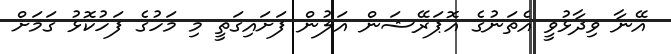
އޭނާ ވިދާޅުވީ އެތަނުގެ އޮޕަރޭޝަން އަލުން ފަށައިގަތީ މި މަހުގެ ފަހުކޮޅު ގަމަށް